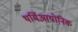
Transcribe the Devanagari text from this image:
थर्मिआयोनिक